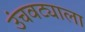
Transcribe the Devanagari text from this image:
उंचवट्याला